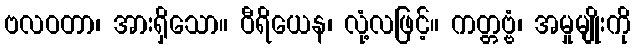
ဗလဝတာ၊ အားရှိသော။ ဝီရိယေန၊ လုံ့လဖြင့်။ ကတ္တဗ္ဗံ၊ အမှုမျိုးကို